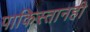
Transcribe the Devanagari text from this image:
पाकिस्तानही